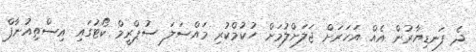
ދެ ފަނޑިޔާރުން އެއް އަހަރަށް ޖަލަށްލުމަށް ހުކުމްކުރި މައްސަލަ ސުޕްރީމް ކޯޓުގައި އިސްތިއުނާފް